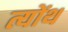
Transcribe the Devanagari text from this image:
त्योंथ